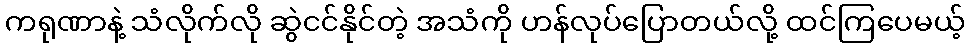
ကရုဏာနဲ့ သံလိုက်လို ဆွဲငင်နိုင်တဲ့ အသံကို ဟန်လုပ်ပြောတယ်လို့ ထင်ကြပေမယ့်